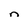
Character: n